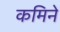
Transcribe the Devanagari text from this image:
कमिने